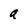
Character: a